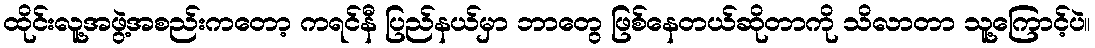
ထိုင်းလူ့အဖွဲ့အစည်းကတော့ ကရင်နီ ပြည်နယ်မှာ ဘာတွေ ဖြစ်နေတယ်ဆိုတာကို သိလာတာ သူ့ကြောင့်ပဲ။